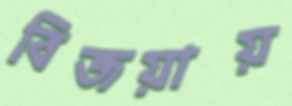
বিজয়ায়